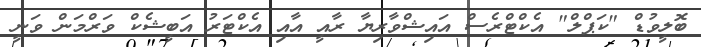
ބޮލީވުޑް "ކަޕްލް" އެކްޓްރެސް އައިޝްވާރިޔާ ރާއީ އާއި އެކްޓަރު އަބީޝެކް ވަރްމަން ވަނީ